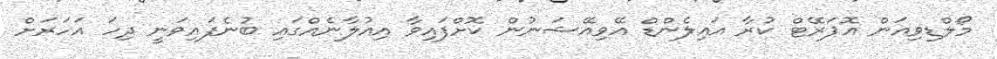
މޯލްޑިވިއަން އޮޕަރޭޓް ކުރާ އައިލެންޑް އޭވިއޭޝަނުން ކޮށްފައިވާ އިއުލާނެއްގައި ބުނެފައިވަނީ ދިހަ އަހަރަށް